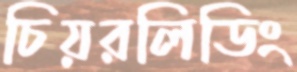
চিয়রলিডিং